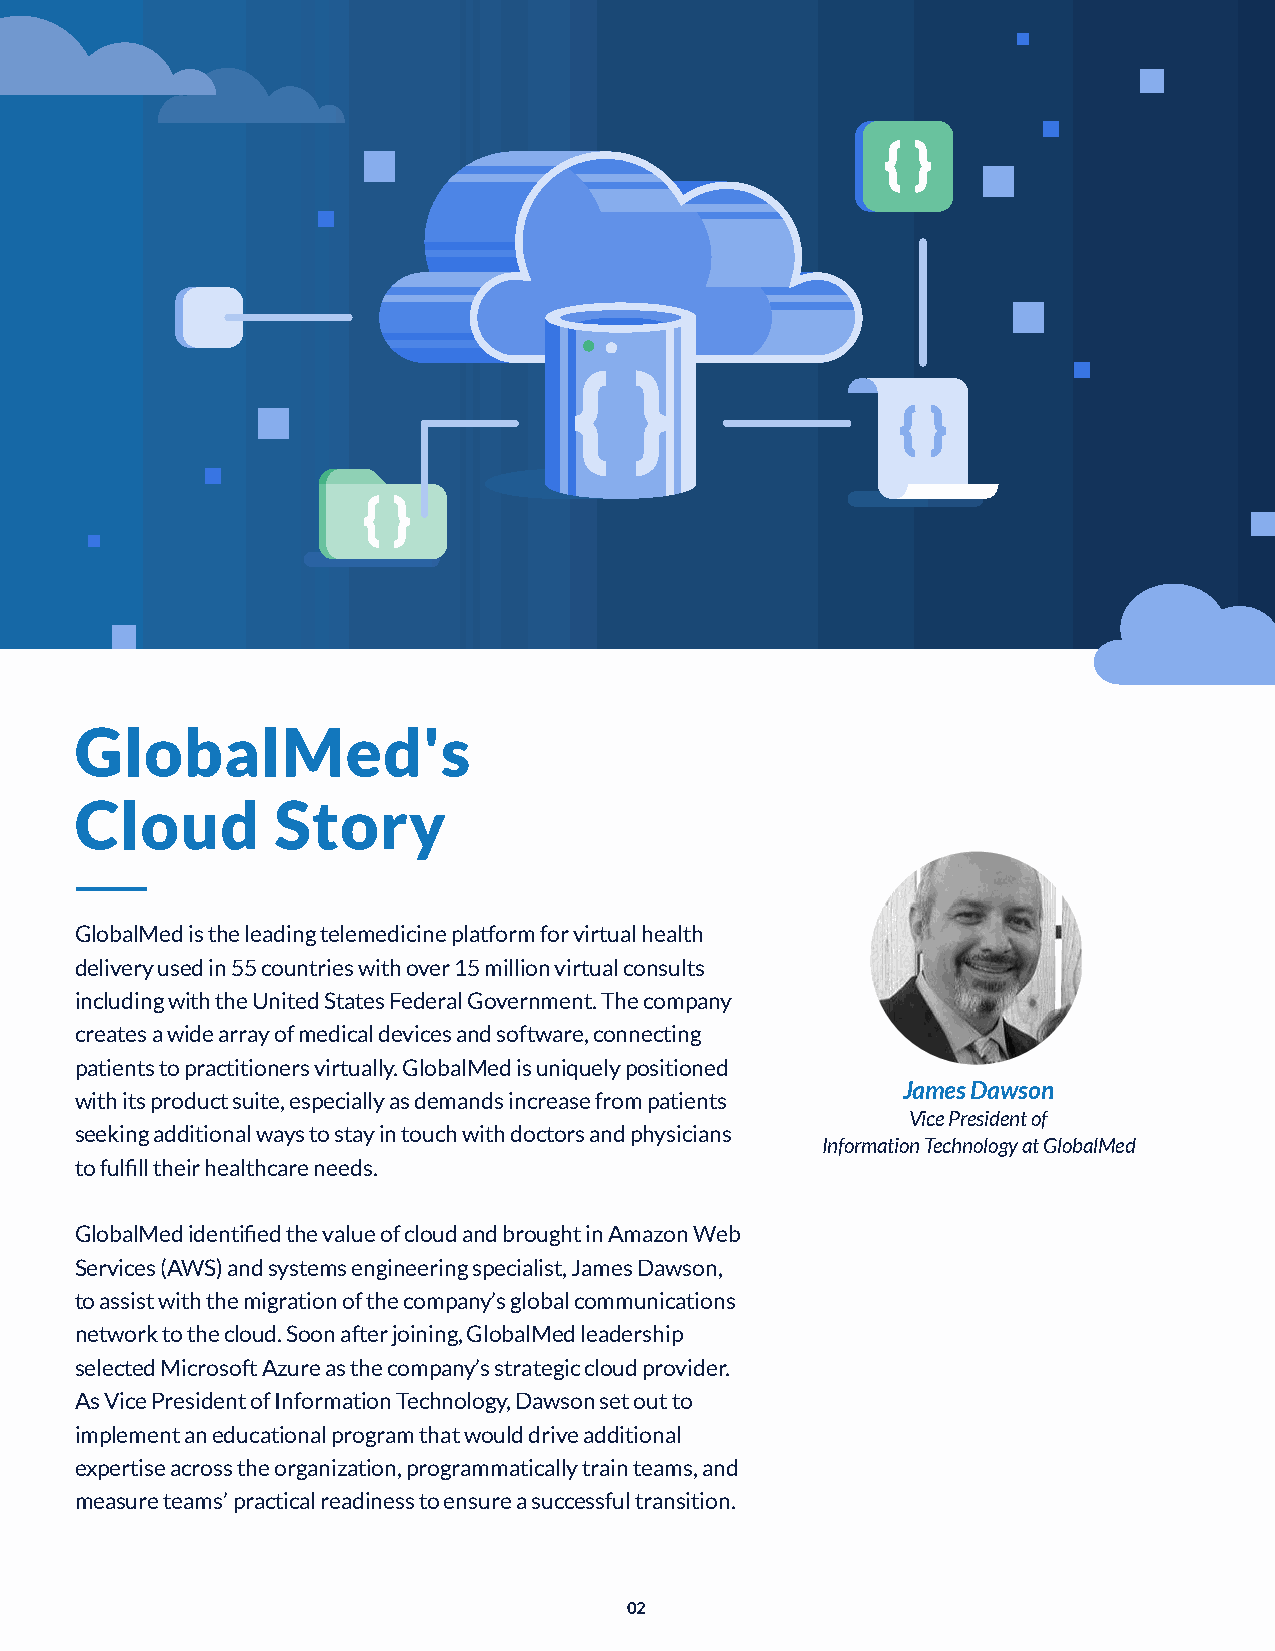
GlobalMed's
 Cloud        Story
 GlobalMed is the leading telemedicine platform for virtual health
 delivery used in 55 countries with over 15 million virtual consults
 including with the United States Federal Government. The company
 creates a wide array of medical devices and software, connecting
 patients to practitioners virtually. GlobalMed is uniquely positioned
 James Dawson
 with its product suite, especially as demands increase from patients
 Vice President of
 seeking additional ways to stay in touch with doctors and physicians
 Information Technology at GlobalMed
 to fulfill their healthcare needs.
 GlobalMed identified the value of cloud and brought in Amazon Web
 Services (AWS) and systems engineering specialist, James Dawson,
 to assist with the migration of the company’s global communications
 network to the cloud. Soon after joining, GlobalMed leadership
 selected Microsoft Azure as the company’s strategic cloud provider.
 As Vice President of Information Technology, Dawson set out to
 implement an educational program that would drive additional
 expertise across the organization, programmatically train teams, and
 measure teams’ practical readiness to ensure a successful transition.
 02